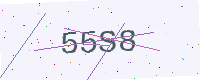
Text: 55S8